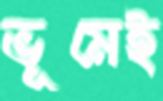
ভূমেই